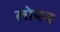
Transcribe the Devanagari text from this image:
लोपच